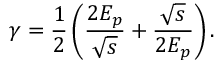
\gamma = \frac { 1 } { 2 } \left( \frac { 2 E _ { p } } { \sqrt { s } } + \frac { \sqrt { s } } { 2 E _ { p } } \right) .